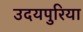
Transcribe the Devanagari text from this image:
उदयपुरिया